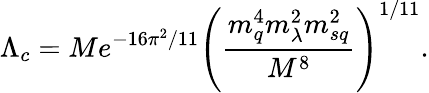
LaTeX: \Lambda_{c}=Me^{-16\pi^{2}/11}\left(\frac{m_{q}^{4}m_{\lambda}^{2}m_{sq}^{2}}{M^{8}}\right)^{1/11}.